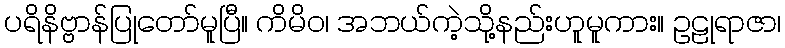
ပရိနိဗ္ဗာန်ပြုတော်မူပြီ။ ကိမိဝ၊ အဘယ်ကဲ့သို့နည်းဟူမူကား။ ဥဠုရာဇာ၊